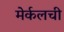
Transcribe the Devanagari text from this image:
मेर्कलची